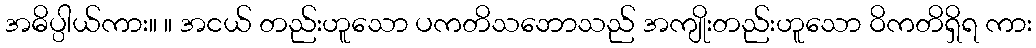
အဓိပ္ပါယ်ကား။ ။ အငယ် တည်းဟူသော ပကတိသဘောသည် အကျိုးတည်းဟူသော ဝိကတိရှိရ ကား